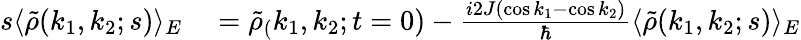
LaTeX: \begin{array}{rl}{s\langle\tilde{\rho}(k_{1},k_{2};s)\rangle_{E}}&{{}=\tilde{\rho}_{(}k_{1},k_{2};t=0)-\frac{i2J(\cos k_{1}-\cos k_{2})}{\hbar}\langle\tilde{\rho}(k_{1},k_{2};s)\rangle_{E}}\end{array}